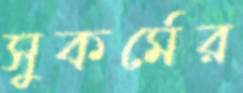
সুকর্মের